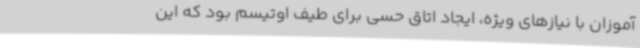
آموزان با نیازهای ویژه، ایجاد اتاق حسی برای طیف اوتیسم بود که این